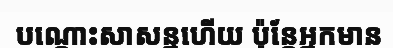
បណ្តោះសាសន្នហើយ ប៉ុន្តែអ្នកមាន